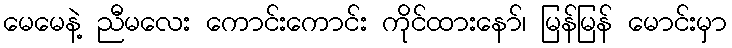
မေမေနဲ့ ညီမလေး ကောင်းကောင်း ကိုင်ထားနော်၊ မြန်မြန် မောင်းမှာ